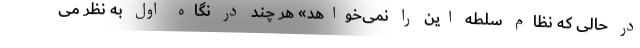
در حالی که نظام سلطه این را نمی‌خواهد» هر چند در نگاه اول به نظر می